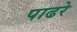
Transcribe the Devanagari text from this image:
पाढरे